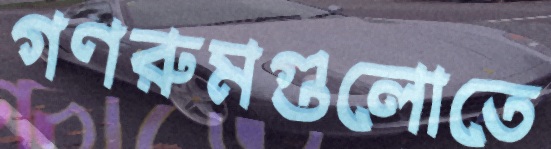
গণরুমগুলোতে